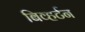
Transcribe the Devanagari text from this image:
बिव्हर्टन